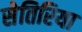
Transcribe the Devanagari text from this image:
सेतिरिया